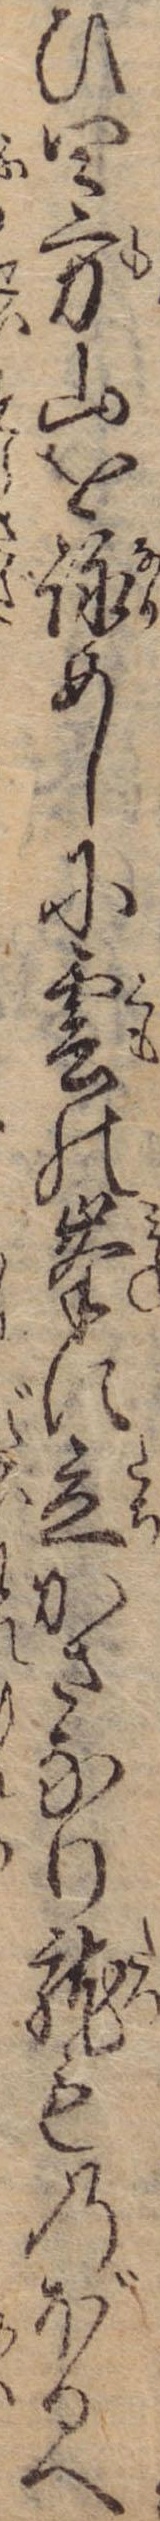
ひ四方山を詠めしに雲の峰に立かさなり竜ものぼるへ